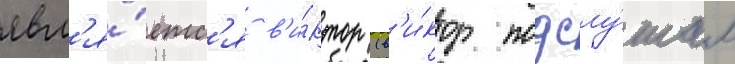
явл'я́етс'я в'и́ктор (в'и́ктор подслу́шал